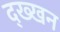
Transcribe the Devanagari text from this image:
द्ख्खन